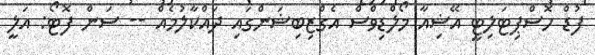
ފުޑް ހޮސްޕިޓަލިޓީ އޭޝިއާ މޯލްޑިވްސް އެގްޒިބިޝަންގައި ދައްކާލުމެއް -- ސަން ފޮޓޯ: އަލީ